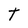
Character: T